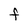
Character: F